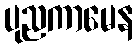
ပုညကာမေန